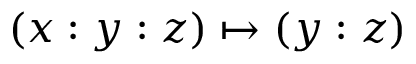
( x : y : z ) \mapsto ( y : z )